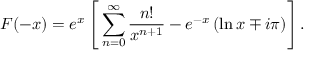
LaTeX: F ( - x ) = e ^ { x } \left[ \, \sum _ { n = 0 } ^ { \infty } \frac { n ! } { x ^ { n + 1 } } - e ^ { - x } \left( \ln x \mp i \pi \right) \right] .